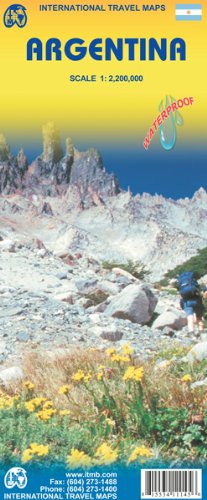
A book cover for Argentina 1:2,200,000 2009 **** (International Travel Country Maps: Argentina); ITM Canada; Travel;